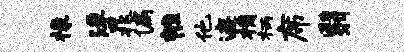
椽浮晁偏帷他遮桷柄席翳